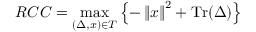
R C C = \operatorname* { m a x } _ { ( \Delta , x ) \in { T } } \left\{ - \left\| x \right\| ^ { 2 } + \operatorname { T r } ( \Delta ) \right\}